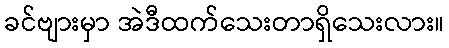
ခင်ဗျားမှာ အဲဒီထက်သေးတာရှိသေးလား။